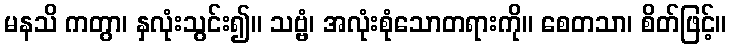
မနသိ ကတွာ၊ နှလုံးသွင်း၍။ သဗ္ဗံ၊ အလုံးစုံသောတရားကို။ စေတသာ၊ စိတ်ဖြင့်။